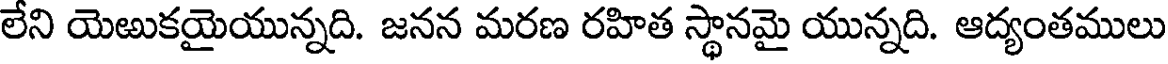
లేని యెఱుకయైయున్నది. జనన మరణ రహిత స్థానమై యున్నది. ఆద్యంతములు